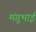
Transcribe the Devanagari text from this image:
मंगूभाई